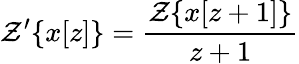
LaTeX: {\mathcal{Z}}^{\prime}\{ x[z]\} ={\frac{{\mathcal{Z}}\{ x[z+1]\} }{z+1}}